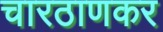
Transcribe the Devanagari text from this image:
चारठाणकर